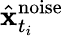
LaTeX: \hat{\mathbf{x}}_{t_{i}}^{\mathrm{noise}}